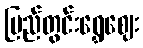
ပြည်တွင်းရွှေဈေး